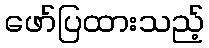
ဖော်ပြထားသည့်